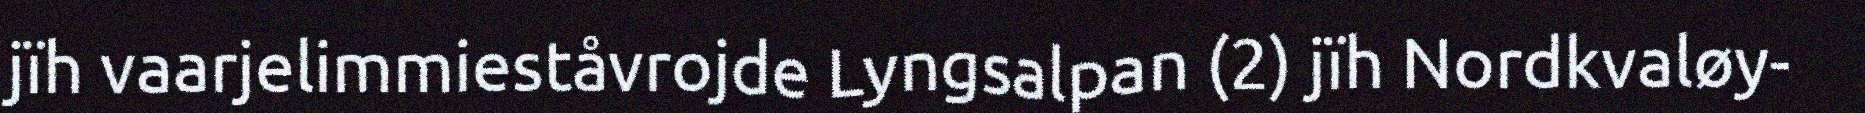
jïh vaarjelimmieståvrojde Lyngsalpan (2) jïh Nordkvaløy-